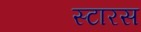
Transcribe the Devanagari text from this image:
स्टारस